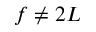
f \neq 2 L